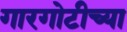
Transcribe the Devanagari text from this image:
गारगोटीच्या